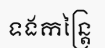
ទងកន្ត្រៃ